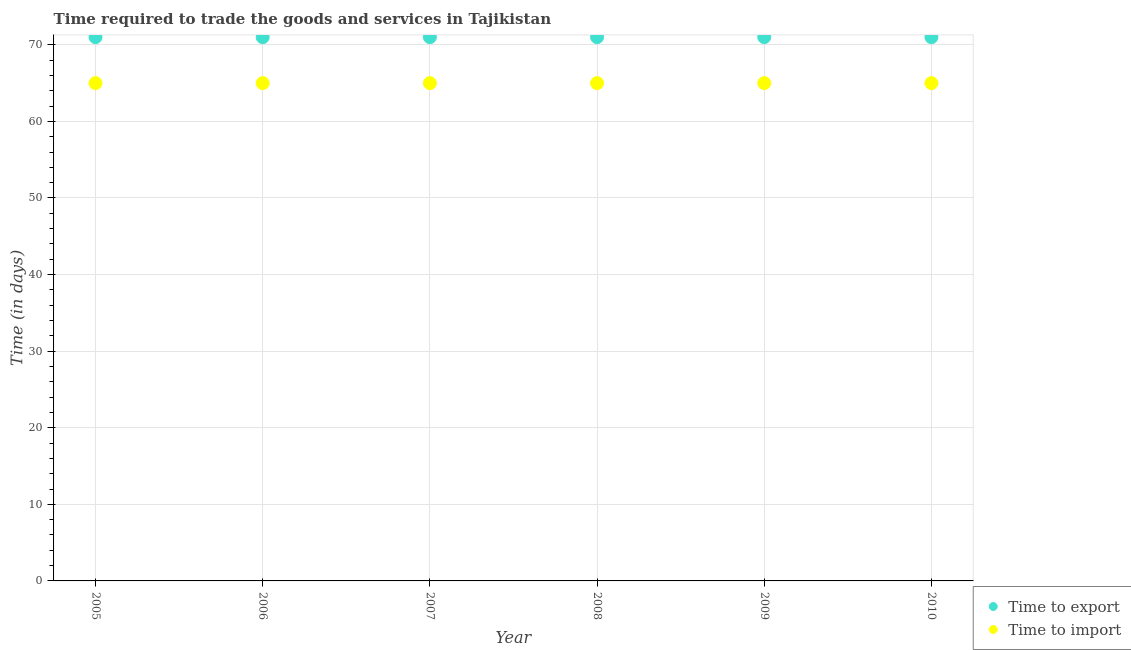
| Year | Time to export | Time to import |
 | --- | --- | --- |
 | 2005 | 71 | 65 |
 | 2006 | 71 | 65 |
 | 2007 | 71 | 65 |
 | 2008 | 71 | 65 |
 | 2009 | 71 | 65 |
 | 2010 | 71 | 65 |